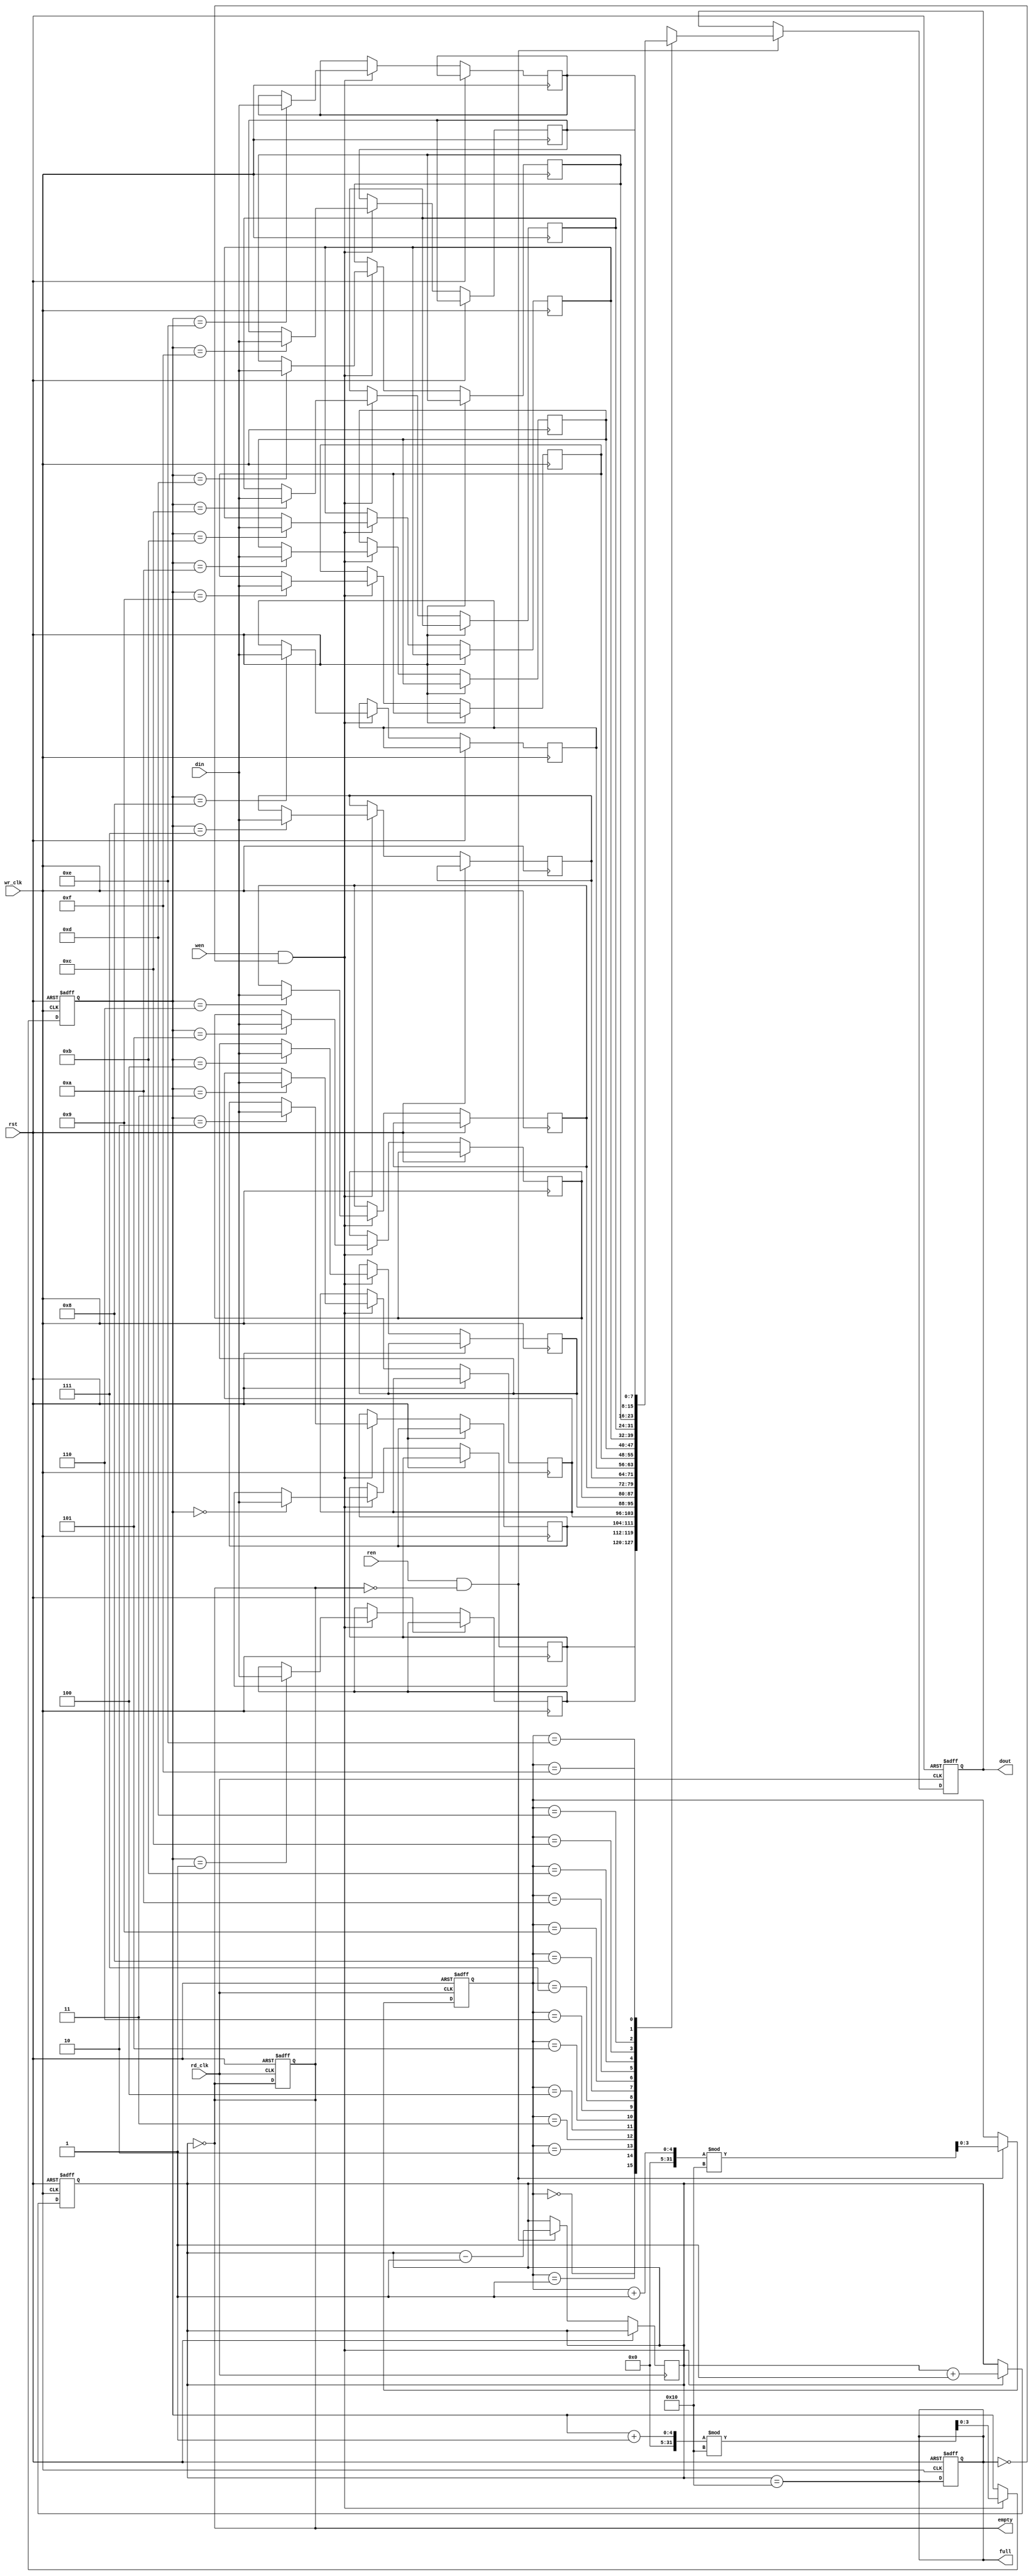
module async_fifo #(
    parameter DATA_WIDTH = 8,   // Width of the data bus
    parameter FIFO_DEPTH = 16    // Depth of the FIFO
)(
    input wire wr_clk,           // Write clock
    input wire rd_clk,           // Read clock
    input wire rst,              // Reset signal
    input wire wen,              // Write enable
    input wire ren,              // Read enable
    input wire [DATA_WIDTH-1:0] din, // Data input
    output reg [DATA_WIDTH-1:0] dout, // Data output
    output reg full,             // Full flag
    output reg empty             // Empty flag
);

    // Memory declaration
    reg [DATA_WIDTH-1:0] mem [0:FIFO_DEPTH-1];

    // Pointers for write and read
    reg [3:0] wr_ptr; // 4 bits for depth of 16
    reg [3:0] rd_ptr; // 4 bits for depth of 16
    reg [4:0] count;  // Count of items in FIFO

    // Synchronization registers
    reg [3:0] wr_ptr_sync;
    reg [3:0] rd_ptr_sync;

    // Reset logic
    always @(posedge wr_clk or posedge rst) begin
        if (rst) begin
            wr_ptr <= 0;
            count <= 0;
            full <= 0;
        end else if (wen && !full) begin
            mem[wr_ptr] <= din; // Write data to memory
            wr_ptr <= (wr_ptr + 1) % FIFO_DEPTH; // Increment write pointer
            count <= count + 1; // Increment count
        end
    end

    always @(posedge rd_clk or posedge rst) begin
        if (rst) begin
            rd_ptr <= 0;
            dout <= 0;
            empty <= 1;
        end else if (ren && !empty) begin
            dout <= mem[rd_ptr]; // Read data from memory
            rd_ptr <= (rd_ptr + 1) % FIFO_DEPTH; // Increment read pointer
            count <= count - 1; // Decrement count
        end
    end

    // Full and empty flag logic
    always @(*) begin
        full = (count == FIFO_DEPTH);
        empty = (count == 0);
    end

    // Synchronize write pointer to read clock domain
    always @(posedge rd_clk or posedge rst) begin
        if (rst) begin
            wr_ptr_sync <= 0;
        end else begin
            wr_ptr_sync <= wr_ptr;
        end
    end

    // Synchronize read pointer to write clock domain
    always @(posedge wr_clk or posedge rst) begin
        if (rst) begin
            rd_ptr_sync <= 0;
        end else begin
            rd_ptr_sync <= rd_ptr;
        end
    end

endmodule